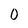
Character: 0